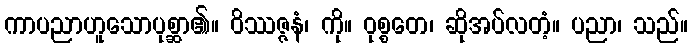
ကာပညာဟူသောပုစ္ဆာ၏။ ဝိဿဇ္ဇနံ၊ ကို။ ဝုစ္စတေ၊ ဆိုအပ်လတံ့။ ပညာ၊ သည်။